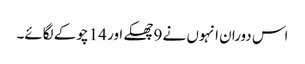
اس دوران انہوں نے 9 چھکے اور 14 چوکے لگائے۔